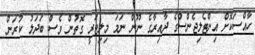
ހާއްސަކޮށް އިންޓެލިޖެންސްގެ ދާއިރާގެ ނޫން ނަމަ މިލިޓަރީ ގޮތުން ވެސް ބަދަލު ކުރަން